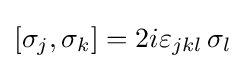
[\sigma _{j},\sigma _{k}]=2i\varepsilon _{jkl}\,\sigma _{l}